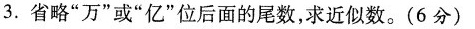
3.省略”万”或”亿”位后面的尾数，求近似数。(6分